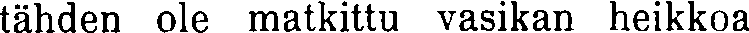
tähden ole matkittu vasikan heikkoa